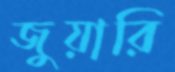
জুয়ারি